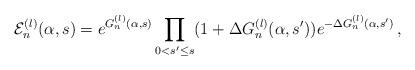
LaTeX: \begin{align*} \mathcal{E}^{(l)}_n(\alpha,s)=e^{G^{(l)}_n(\alpha,s)}\prod_{0<s'\le s}(1+\Delta G^{(l)}_n(\alpha,s'))e^{-\Delta G^{(l)}_n(\alpha,s')}\,,\end{align*}